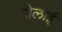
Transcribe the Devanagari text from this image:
रोलाई